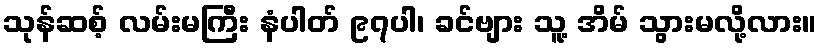
သုန်ဆစ့် လမ်းမကြီး နံပါတ် ၉၇ပါ၊ ခင်ဗျား သူ့ အိမ် သွားမလို့လား။